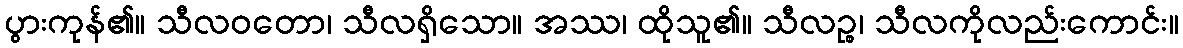
ပွားကုန်၏။ သီလဝတော၊ သီလရှိသော။ အဿ၊ ထိုသူ၏။ သီလဉ္စ၊ သီလကိုလည်းကောင်း။